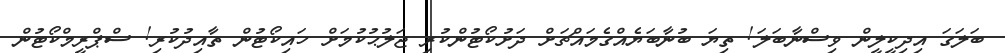
ބަލަގަ އިދިކީލީން ވިސްނާބަލަ! ތިޔަ ބުނާބަޔެއްގެމައްޗަށް ދަށުކޯޓުންކުރި ޖަލުޙުކުމަށް ހައިކޯޓުން ތާއިދުކުރި! ސްޕްރީމްކޯޓުން